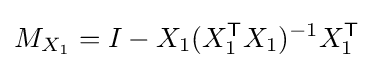
M_{X_{1}}=I-X_{1}(X_{1}^{\mathsf {T}}X_{1})^{-1}X_{1}^{\mathsf {T}}